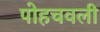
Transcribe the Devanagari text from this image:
पोहचवली